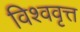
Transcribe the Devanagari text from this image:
विश्ववृत्त